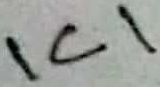
Text: IC1